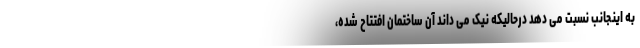
به اینجانب نسبت می دهد درحالیکه نیک می داند آن ساختمان افتتاح شده،